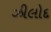
ઝીલોદ